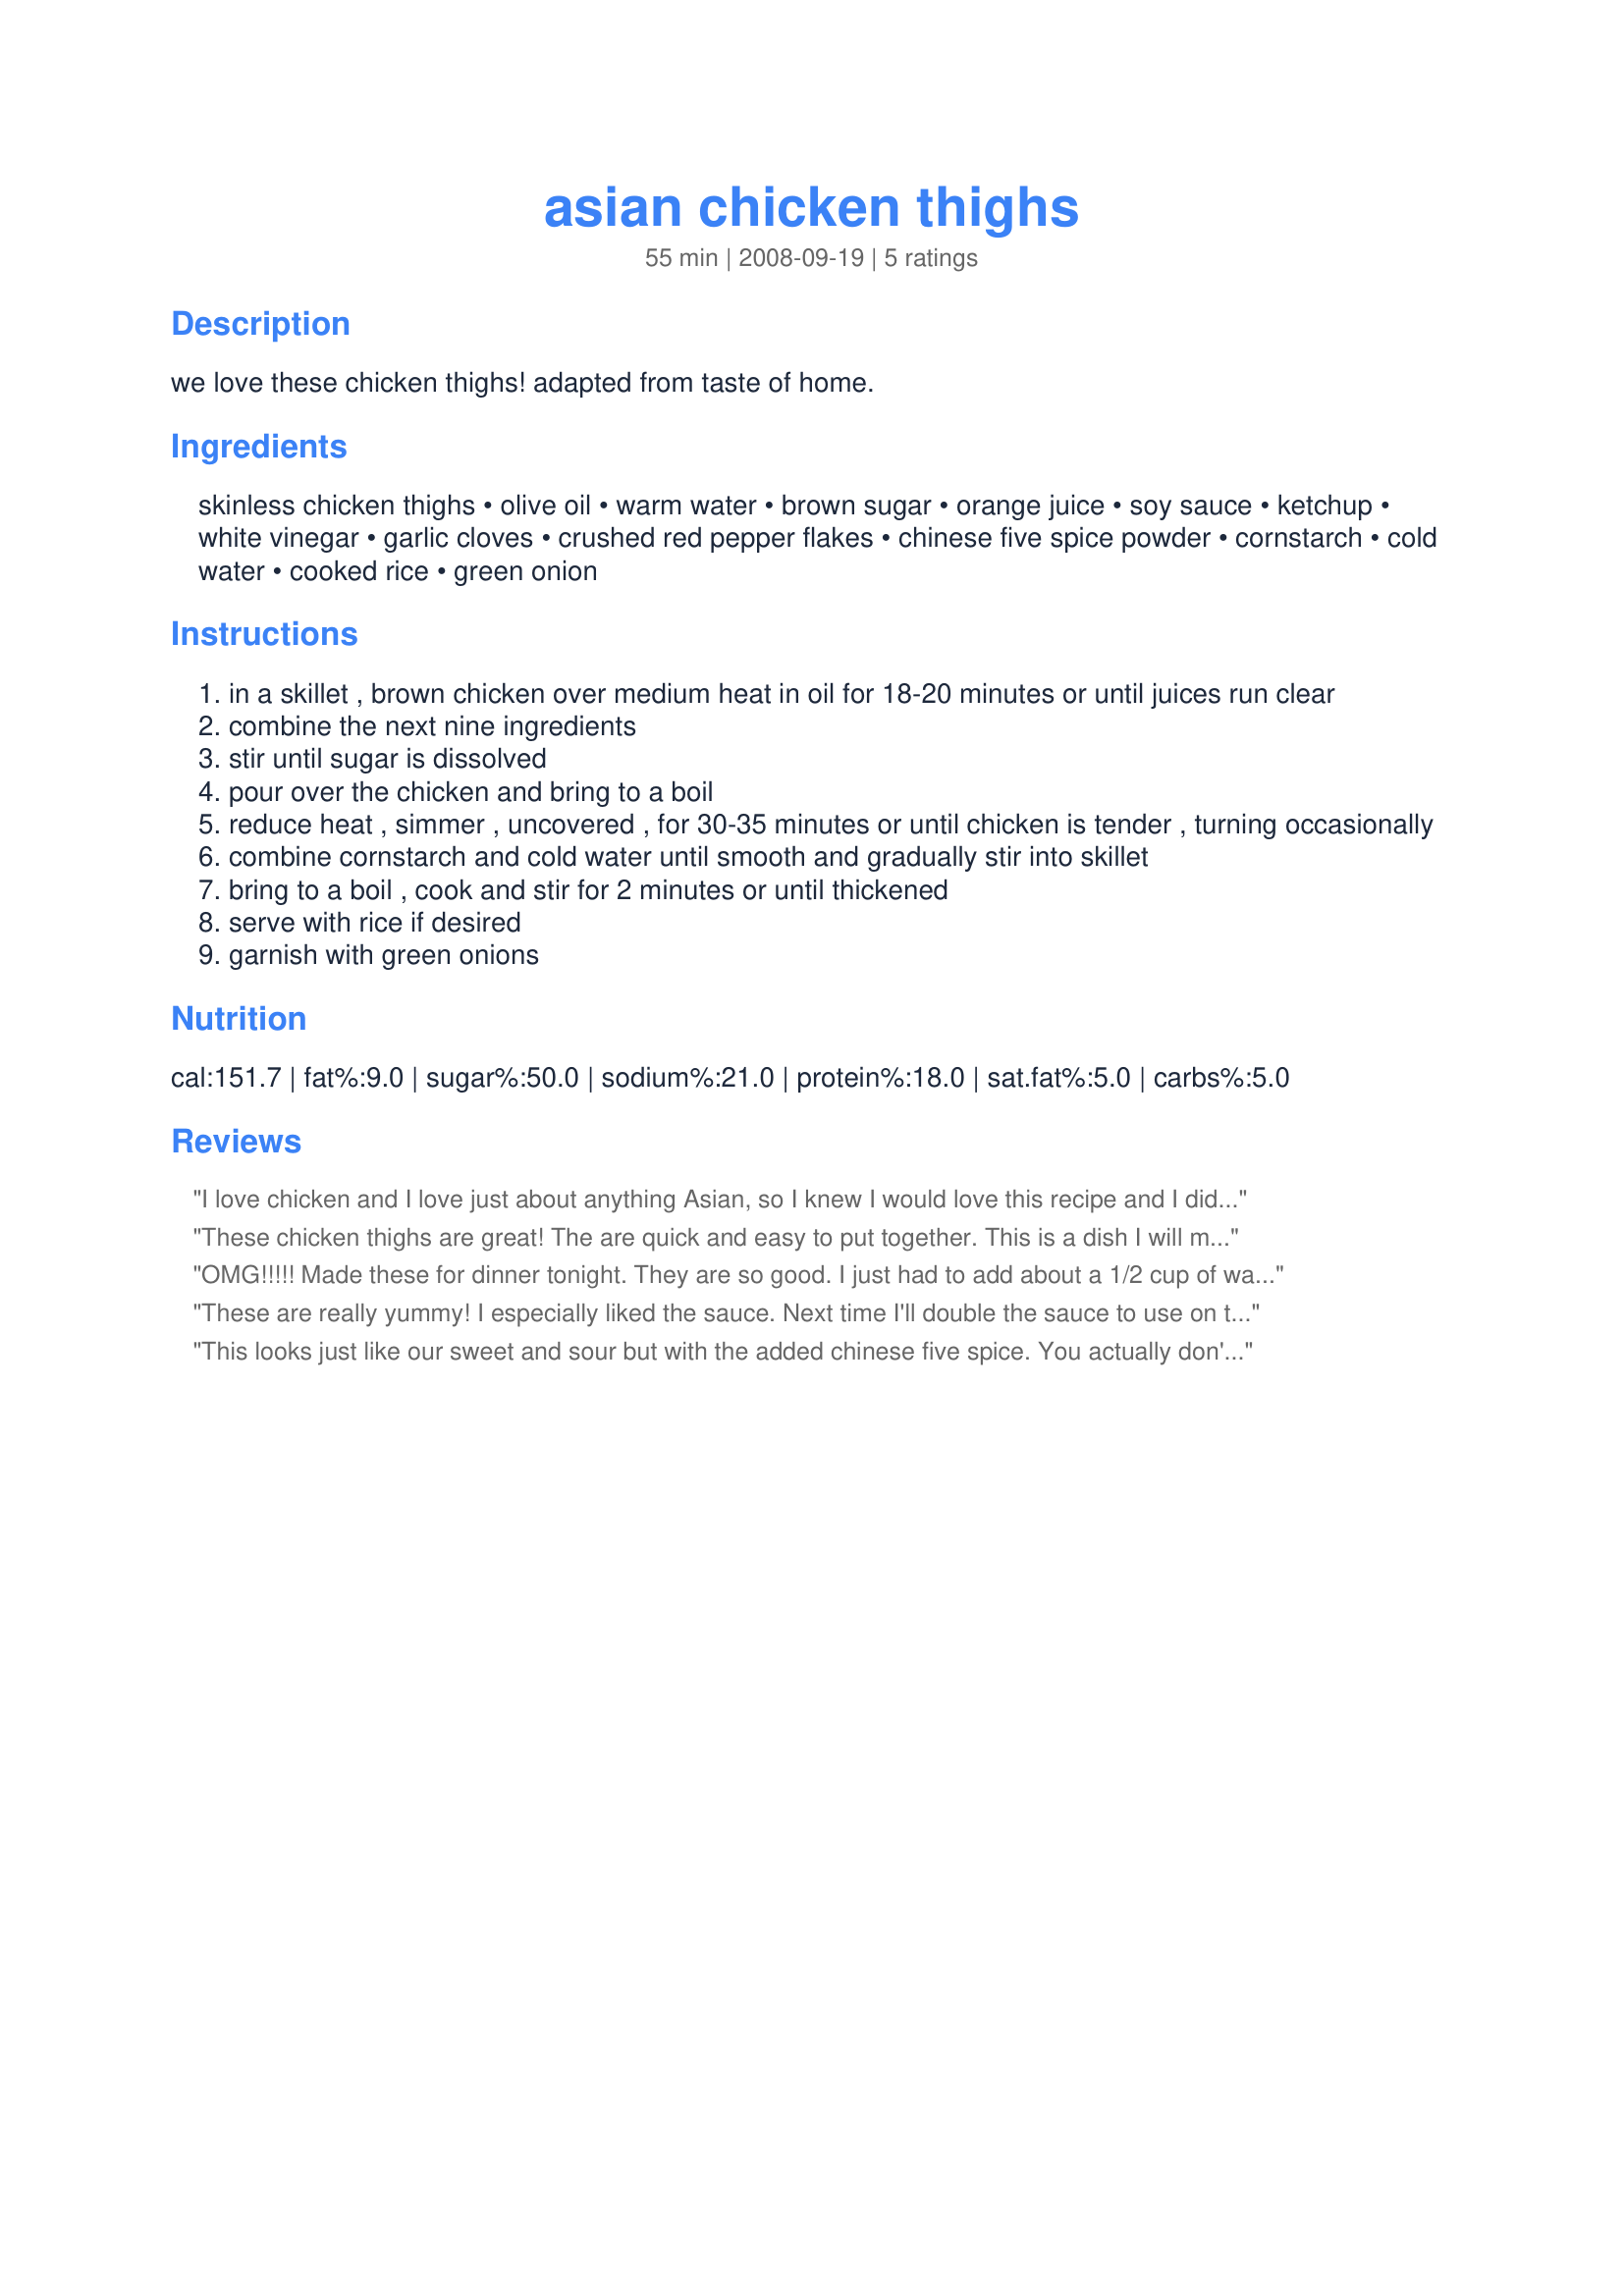
asian chicken thighs
Preparation time: 55 minutes

we love these chicken thighs! adapted from taste of home.

Ingredients:
skinless chicken thighs, olive oil, warm water, brown sugar, orange juice, soy sauce, ketchup, white vinegar, garlic cloves, crushed red pepper flakes, chinese five spice powder, cornstarch, cold water, cooked rice, green onion

Steps:
in a skillet , brown chicken over medium heat in oil for 18-20 minutes or until juices run clear
combine the next nine ingredients
stir until sugar is dissolved
pour over the chicken and bring to a boil
reduce heat , simmer , uncovered , for 30-35 minutes or until chicken is tender , turning occasionally
combine cornstarch and cold water until smooth and gradually stir into skillet
bring to a boil , cook and stir for 2 minutes or until thickened
serve with rice if desired
garnish with green onions

Reviews:
I love chicken and I love just about anything Asian, so I knew I would love this recipe and I did! My friend and I had this for dinner along with Recipe #294635. It was an excellent meal and the chicken had just the right amount of heat and sweetness for us! I will be having this again and again! Thank you for sharing Bmcnichol! Made for 123 Hit Wonders 3/09 Linda
These chicken thighs are great! The are quick and easy to put together. This is a dish I will make again. Thanks for posting!
OMG!!!!! Made these for dinner tonight. They are so good. I just had to add about a 1/2 cup of water before the end. I wanted to make sure there was enough sauce for the rice.Will be making these again. Thanks for a great recepie.
These are really yummy! I especially liked the sauce. Next time I'll double the sauce to use on the rice because it was a great combination. So simple and so good. Thanks bmcnichol for a nice meal. Made for Please Review My Recipe Tag.
This looks just like our sweet and sour but with the added chinese five spice. You actually don't need the five spice, it's too much or a couple of the other ingredients.
